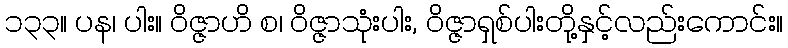
၁၃၃။ ပန၊ ပါး။ ဝိဇ္ဇာဟိ စ၊ ဝိဇ္ဇာသုံးပါး, ဝိဇ္ဇာရှစ်ပါးတို့နှင့်လည်းကောင်း။